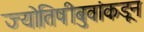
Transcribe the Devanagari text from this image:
ज्योतिषीबुवांकडून